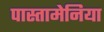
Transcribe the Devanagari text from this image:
पास्तामेनिया